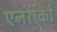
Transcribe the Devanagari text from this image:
एनरीको